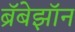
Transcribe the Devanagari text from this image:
ब्रॅबेझॉन